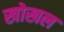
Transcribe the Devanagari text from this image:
खोखल